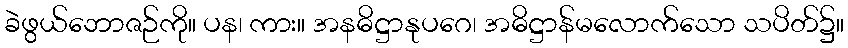
ခဲဖွယ်ဘောဇဉ်ကို။ ပန၊ ကား။ အနဓိဋ္ဌာနုပဂေ၊ အဓိဋ္ဌာန်မလောက်သော သပိတ်၌။